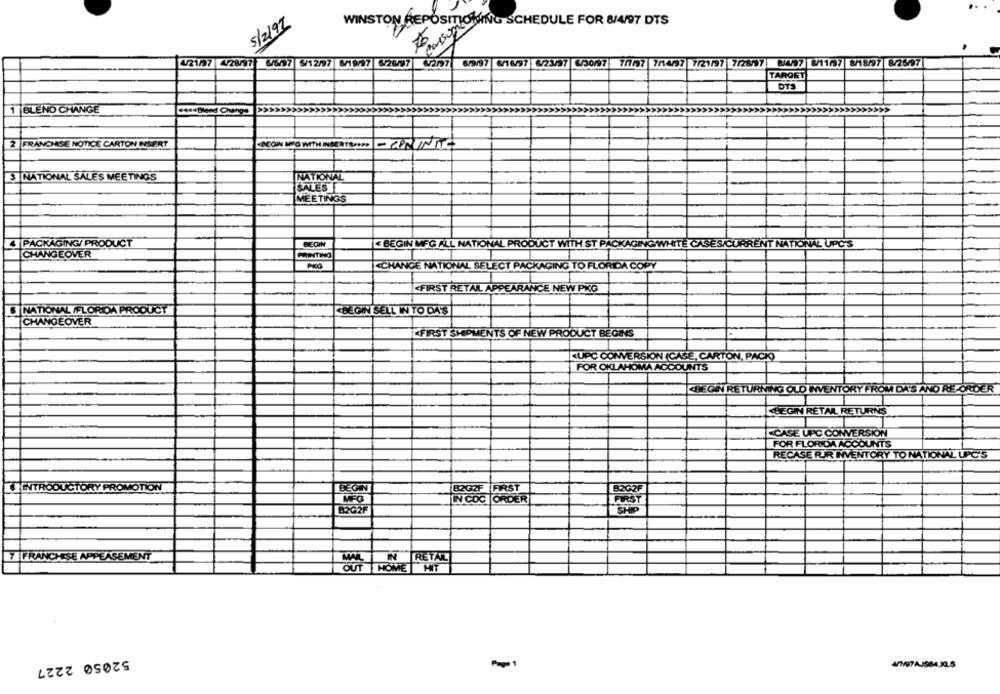
5/2/97
WINSTON REPOSITIONING SCHEDULE FOR 8/4/97 DTS
421/37 4/28/97 6/6/97 5/12/97 6/19/97 6/26/97 6/2/97 6/9/97 6/16/97 6/23/37 6/30/97 7/7/97 7/14/37 7/21/97 7/28/97 844/97 8/11/37 8/18/97 8/26/97
TAROET
DTS
1 BLEND CHANGE
4444Blend Change
FRANCHISE NOTICE CARTON INSERT
3 NATIONAL SALES MEETINGS
NATIONAL
SALES
MEETINGS
PACKAGING/ PRODUCT
BEGIN
BEGIN MFG ALL NATIONAL PRODUCT WITH ST PACKAGING/WHIT
TIONAL UPC'S
CHANGEOVER
<CHANGE NATIONAL SELECT PACKAGING TO FLORIDA COPY
<FIRST RETAIL APPEARANCE NEW PKG
I NATIONAL /FLORIDA PRODUCT
BEGIN SELL IN TO DA'S
CHANGEOVER
<FIRST SHIPMENTS OF
EW PRODUCT BEGINS
«UPC CONVERSION (CASE, CARTON, PACK)
FOR OKLAHOMA ACCOUNTS
MA ACCOUNTS
KBEGIN RETAIL RETURNS
CASE UPC CONVERSION
FOR FLORIDA ACCOUNTS
RECASE RIR INVENTORY TO
NATIC
INTRODUCTORY PROMOTION
BEGIN
B2G2F FIRST
82G2F
MFG
IN COC ORDER
FIRST
82G2F
SHIP
FRANCHESE
ENT
MAL
RETAL
OUT HOME HIT
52050 2227
Pop 1